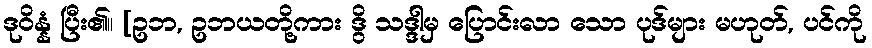
ဒုဝိန္နံ ပြီး၏။ [ဥဘ, ဥဘယတို့ကား ဒွိ သဒ္ဒါမှ ပြောင်းလာ သော ပုဒ်များ မဟုတ်, ပင်ကို